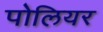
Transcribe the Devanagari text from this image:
पोलियर